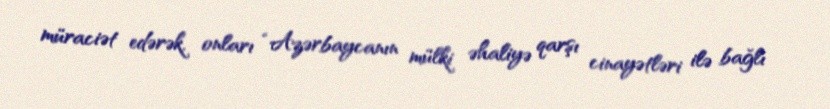
müraciət edərək, onları “Azərbaycanın mülki əhaliyə qarşı cinayətləri ilə bağlı